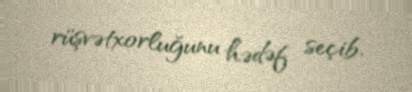
rüşvətxorluğunu hədəf seçib.